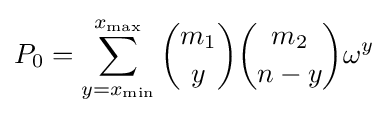
P_{0}=\sum _{y=x_{\min }}^{x_{\max }}{\binom {m_{1}}{y}}{\binom {m_{2}}{n-y}}\omega ^{y}